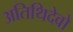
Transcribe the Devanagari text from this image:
अतिथिदेवो